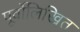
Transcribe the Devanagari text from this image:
पूर्वोलिखित